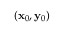
( \mathbf { x } _ { 0 } , \mathbf { y } _ { 0 } )